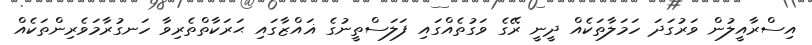
އިސްރާއީލުން ވަރުގަދަ ހަމަލާތަކެއް ދީނީ ރޭގެ ވަގުތެއްގައި ފަލަސްތީނުގެ ޣައްޒާގައި ޙަރަކާތްތެރިވާ ހަނގުރާމަވެރިންތަކެއް